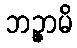
ဘဉ္ဇာမိ